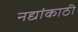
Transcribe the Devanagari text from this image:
नद्यांकाठी